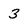
Character: 3